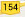
154